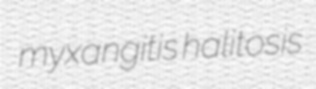
myxangitis halitosis